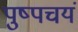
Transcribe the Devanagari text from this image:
पुष्पचयं